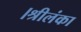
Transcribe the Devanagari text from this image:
।श्रीलंका